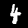
Label: 4